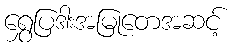
ရွှေပြဒါးအမြုတေအဆင့်